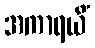
အကာရယိံ